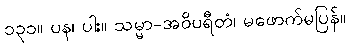
၁၃၁။ ပန၊ ပါး။ သမ္မာ-အဝိပရီတံ၊ မဖောက်မပြန်။